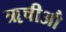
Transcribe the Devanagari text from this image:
ॠषीऔ